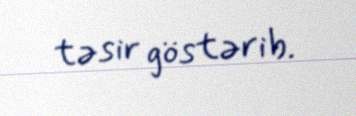
təsir göstərib.